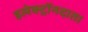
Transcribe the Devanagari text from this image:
इलेक्ट्रॉनदाता